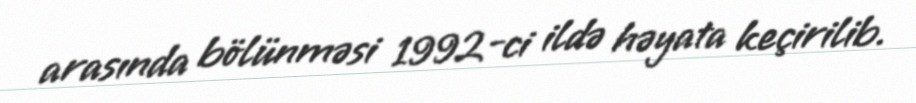
arasında bölünməsi 1992-ci ildə həyata keçirilib.